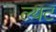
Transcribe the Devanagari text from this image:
ल्यट